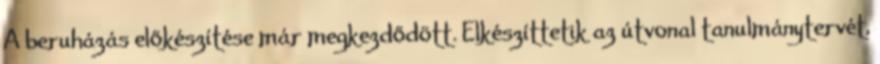
A beruházás előkészítése már megkezdődött. Elkészíttetik az útvonal tanulmánytervét,